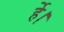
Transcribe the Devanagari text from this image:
र्हे।